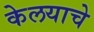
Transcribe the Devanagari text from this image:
केलयाचे